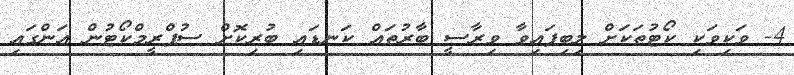
4- ވަކިވަކި ކޯޓުތަކަށް ލިބިފައިވާ ވިރާސީ ބާރުތައް ކަނޑައި ބުރިކޮށް ސުޕްރީމްކޯޓުން އަންގައި